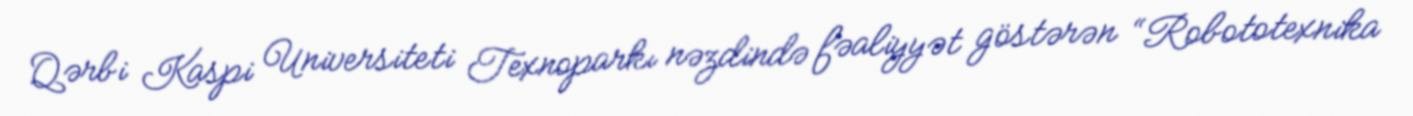
Qərbi Kaspi Universiteti Texnoparkı nəzdində fəaliyyət göstərən “Robototexnika